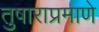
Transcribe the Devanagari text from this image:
तुषाराप्रमाणे